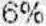
6%